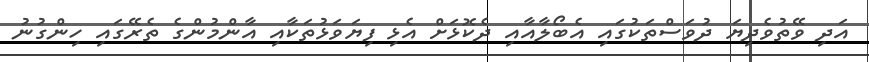
އަދި ވޭތުވެދިޔަ ދުވަސްތަކުގައި އެބޯލާއާއި ދެކޮޅަށް އެޅި ފިޔަވަޅުތަކާއި އާންމުންގެ ތެރޭގައި ހިންގުނު